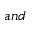
a n d